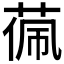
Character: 𮶧